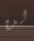
لن